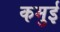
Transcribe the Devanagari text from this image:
कमुई